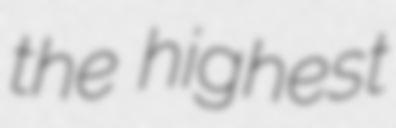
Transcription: the highest